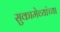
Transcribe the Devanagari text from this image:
सुकामेव्यांच्या